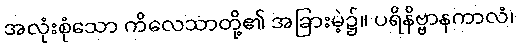
အလုံးစုံသော ကိလေသာတို့၏ အခြားမဲ့၌။ ပရိနိဗ္ဗာနကာလံ၊